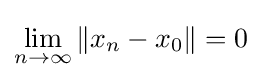
\lim _{n\to \infty }\left\|x_{n}-x_{0}\right\|=0